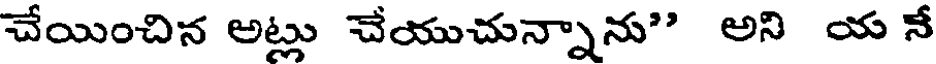
చేయించిన అట్లు చేయుచున్నాను" అని య నే